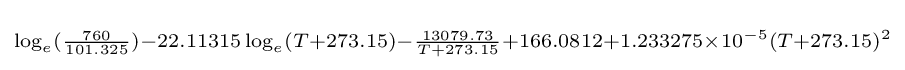
\scriptstyle \log _{e}({\frac {760}{101.325}})-22.11315\log _{e}(T+273.15)-{\frac {13079.73}{T+273.15}}+166.0812+1.233275\times 10^{-5}(T+273.15)^{2}